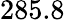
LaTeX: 285.8